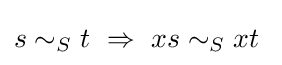
s\sim _{S}t\ \Rightarrow \ xs\sim _{S}xt\